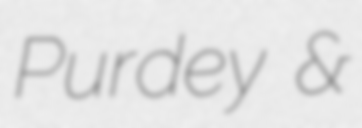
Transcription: Purdey &